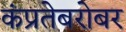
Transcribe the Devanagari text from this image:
कंप्रतेबरोबर